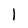
Character: l